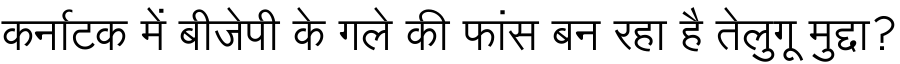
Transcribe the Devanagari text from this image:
कर्नाटक में बीजेपी के गले की फांस बन रहा है तेलुगू मुद्दा?